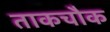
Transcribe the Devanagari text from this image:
ताकचौक